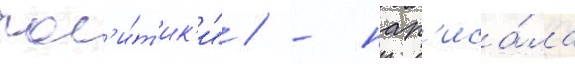
пол'и́т'ик'и" / - нап'иса́ла